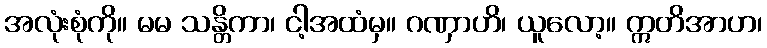
အလုံးစုံကို။ မမ သန္တိကာ၊ ငါ့အထံမှ။ ဂဏှာဟိ၊ ယူလော့။ ဣတိအာဟ၊